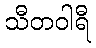
သီတဝါရီ